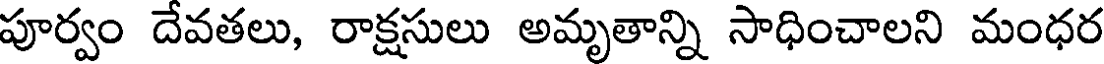
పూర్వం దేవతలు, రాక్షసులు అమృతాన్ని సాధించాలని మంధర